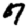
Digit: 7